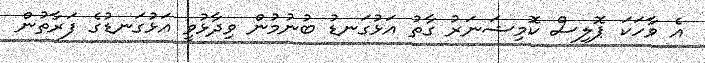
އެ ވާހަކަ ޕޮލިސް ކޮމިޝަނަރު ގާތު އަޅުގަނޑު ބުނުމުން ވިދާޅުވީ އަޅުގަނޑުގެ ފަރާތުން